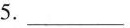
5.___